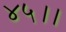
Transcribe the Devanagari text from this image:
४५।।